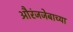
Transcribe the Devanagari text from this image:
औरंजजेबाच्या